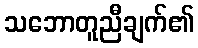
သဘောတူညီချက်၏